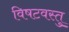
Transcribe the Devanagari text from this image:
विषटवस्तु